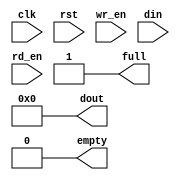
module fifo #(
    parameter WIDTH = 8,
    parameter DEPTH = 32,
    parameter POINTER_WIDTH = $clog2(DEPTH)
) (
    input clk, rst,

    // Write side
    input wr_en,
    input [WIDTH-1:0] din,
    output full,

    // Read side
    input rd_en,
    output [WIDTH-1:0] dout,
    output empty
);
    assign full = 1'b1;
    assign empty = 1'b0;
    assign dout = 0;
endmodule